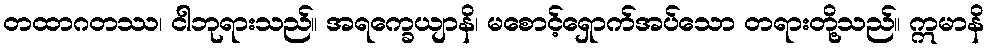
တထာဂတဿ၊ ငါဘုရားသည်။ အရက္ခေယျာနိ၊ မစောင့်ရှောက်အပ်သော တရားတို့သည်။ ဣမာနိ